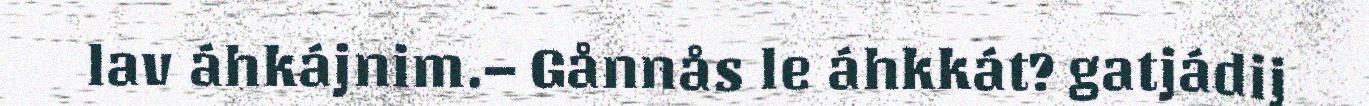
lav áhkájnim.– Gånnås le áhkkát? gatjádij